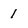
Character: 1